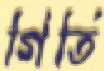
গিতি